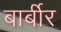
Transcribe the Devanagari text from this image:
बार्बीर